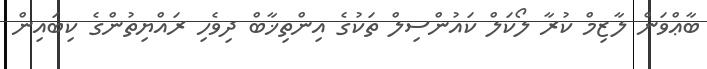
ބާޢްވަން ލާޒިމް ކުރާ ލޯކަލް ކައުންސިލް ތަކުގެ އިންތިޚާބް ދިވެހި ރައްޔިތުންގެ ކިބައިން